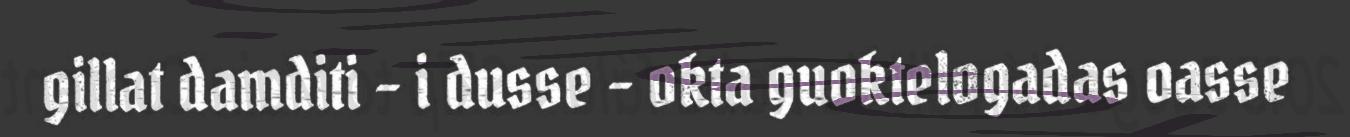
gillat damditi – i dusse - okta guoktelogadas oasse